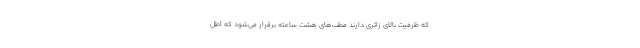
که ظرفیت بالای زائری دارند مطب‌های هشت ساعته برقرار می‌شود که اطل